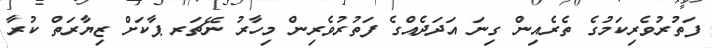
ފަތުރުވެރިކަމުގެ ތެރެއިން ގިނަ އަދަދެއްގެ ފަތުރުވެރިން މިހާރު ނޭޗަރ ޕާކަށް ޒިޔާރަތް ކުރާ